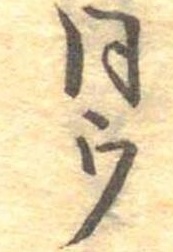
同ウ